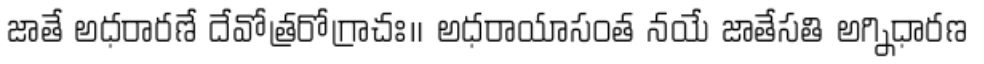
జాతే అధరారణే దేవోత్రరోగ్రాచః॥ అధరాయాసంత నయే జాతేసతి అగ్నిధారణ